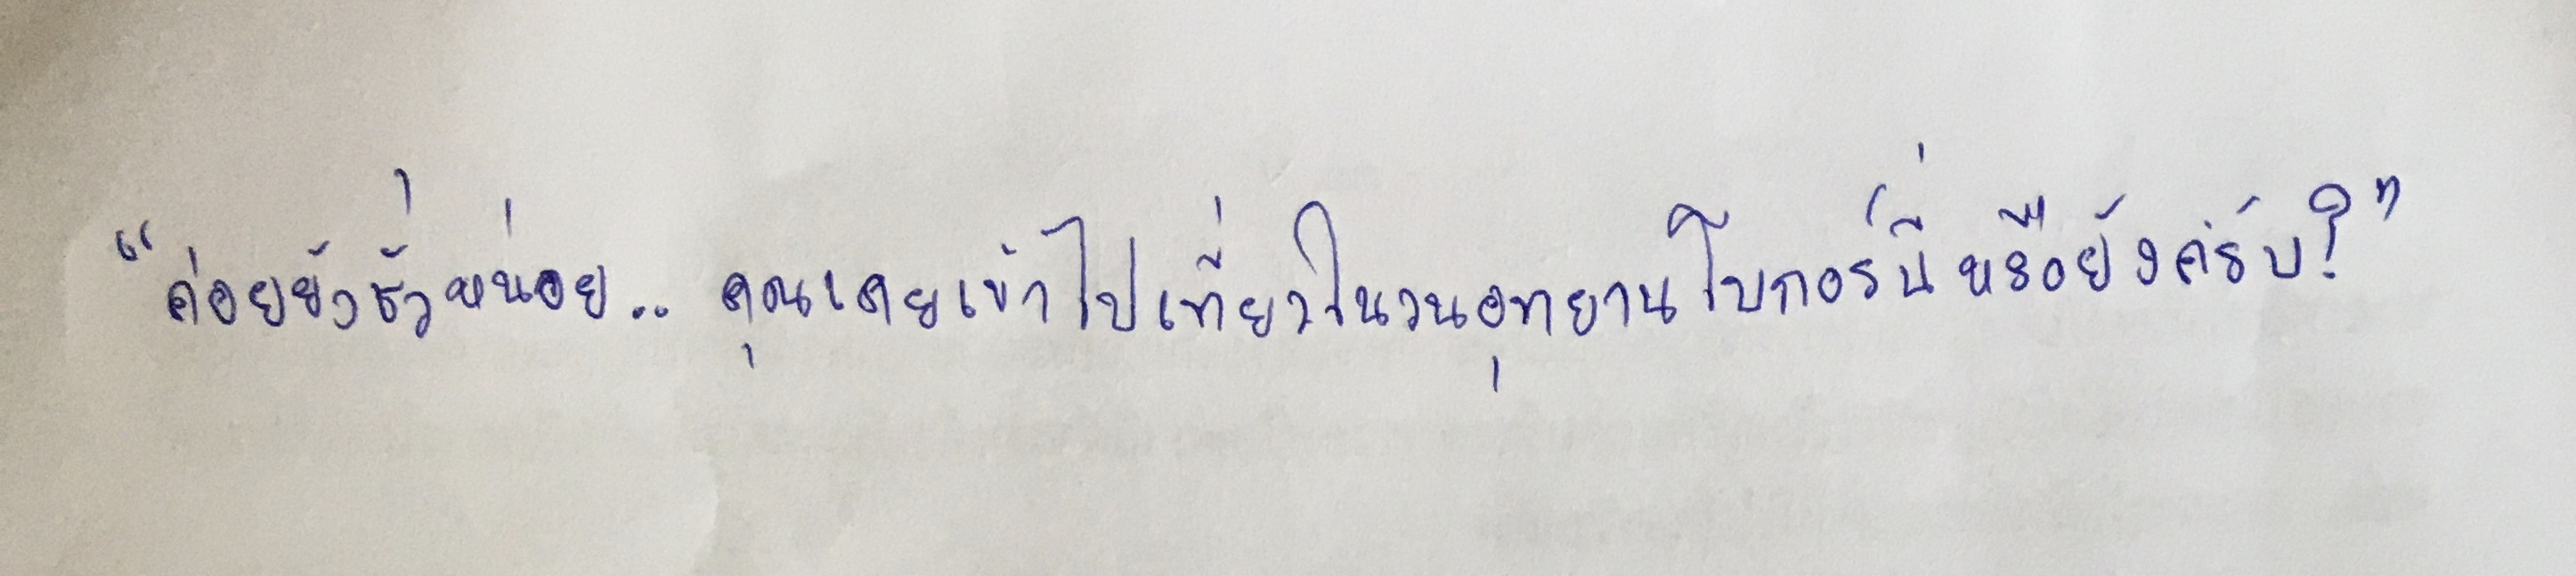
"ค่อยยังชั่วหน่อย...คุณเคยเข้าไปเที่ยวในวนอุทยานโบกอร์นี่หรือยังครับ?"